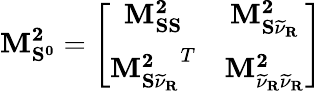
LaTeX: \mathbf{M_{S^{0}}^{2}}=\left[\begin{array}{cc}{{\mathbf{M_{SS}^{2}}}}&{{\mathbf{M_{S\widetilde{\nu}_{R}}^{2}}}}\\ {{\mathbf{M_{S\widetilde{\nu}_{R}}^{2}}^{T}}}&{{\mathbf{M_{\widetilde{\nu}_{R}\widetilde{\nu}_{R}}^{2}}}}\end{array}\right]